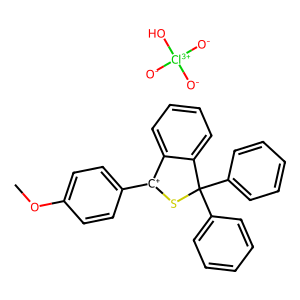
SMILES: COc1ccc([C+]2SC(c3ccccc3)(c3ccccc3)c3ccccc32)cc1.[O-][Cl+3]([O-])([O-])O
Inhibits HIV replication: No